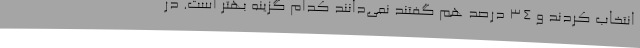
انتخاب کردند و 34 درصد هم گفتند نمی‌دانند کدام گزینه بهتر است. در